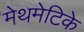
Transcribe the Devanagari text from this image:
मेथमेटिके